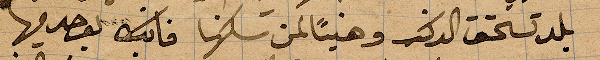
بلد يستحق الركب وهنيئًا لمن سكنها فانه يوجد فيها